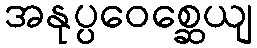
အနုပ္ပဝေစ္ဆေယျ